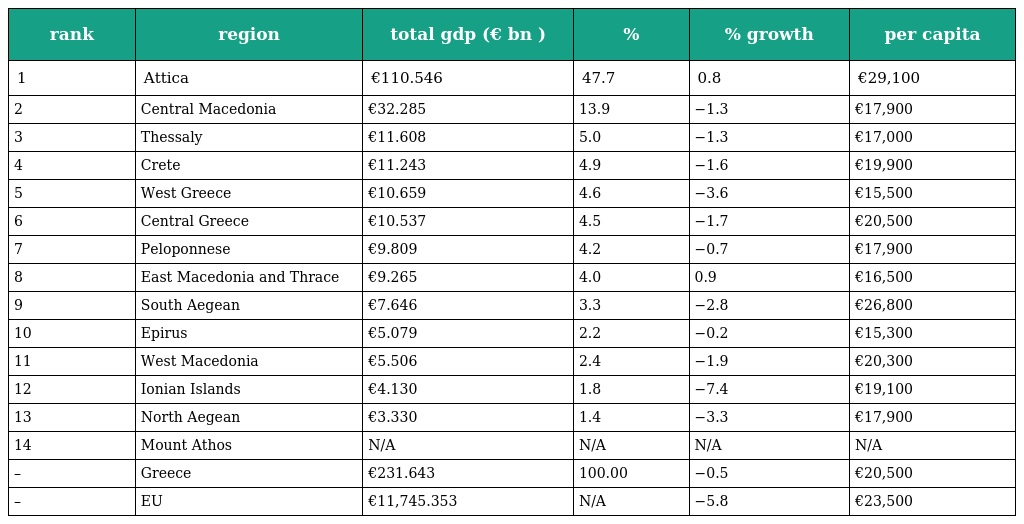
| rank | region | total gdp (€ bn ) | % | % growth | per capita |
 | --- | --- | --- | --- | --- | --- |
 | 1 | Attica | €110.546 | 47.7 | 0.8 | €29,100 |
 | 2 | Central Macedonia | €32.285 | 13.9 | −1.3 | €17,900 |
 | 3 | Thessaly | €11.608 | 5.0 | −1.3 | €17,000 |
 | 4 | Crete | €11.243 | 4.9 | −1.6 | €19,900 |
 | 5 | West Greece | €10.659 | 4.6 | −3.6 | €15,500 |
 | 6 | Central Greece | €10.537 | 4.5 | −1.7 | €20,500 |
 | 7 | Peloponnese | €9.809 | 4.2 | −0.7 | €17,900 |
 | 8 | East Macedonia and Thrace | €9.265 | 4.0 | 0.9 | €16,500 |
 | 9 | South Aegean | €7.646 | 3.3 | −2.8 | €26,800 |
 | 10 | Epirus | €5.079 | 2.2 | −0.2 | €15,300 |
 | 11 | West Macedonia | €5.506 | 2.4 | −1.9 | €20,300 |
 | 12 | Ionian Islands | €4.130 | 1.8 | −7.4 | €19,100 |
 | 13 | North Aegean | €3.330 | 1.4 | −3.3 | €17,900 |
 | 14 | Mount Athos | N/A | N/A | N/A | N/A |
 | – | Greece | €231.643 | 100.00 | −0.5 | €20,500 |
 | – | EU | €11,745.353 | N/A | −5.8 | €23,500 |